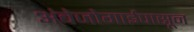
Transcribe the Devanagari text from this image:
अंबेजोगाईपासून